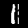
Label: 1